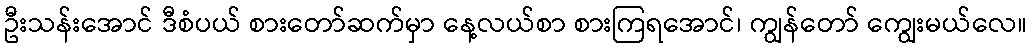
ဦးသန်းအောင် ဒီစံပယ် စားတော်ဆက်မှာ နေ့လယ်စာ စားကြရအောင်၊ ကျွန်တော် ကျွေးမယ်လေ။